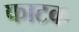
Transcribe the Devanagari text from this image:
फाटक